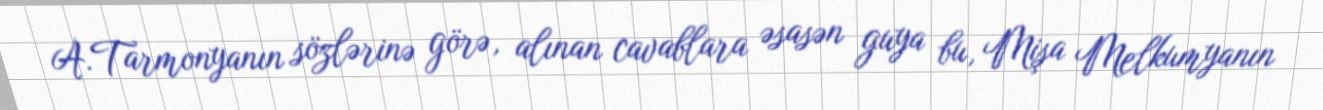
A.Tarmonyanın sözlərinə görə, alınan cavablara əsasən guya bu, Mişa Melkumyanın